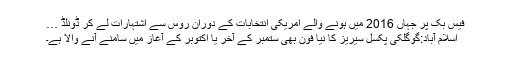
فیس بک پر جہاں 2016 میں ہونے والے امریکی انتخابات کے دوران روس سے اشتہارات لے کر ڈونلڈ …
اسلام آباد:گوگلکی پکسل سیریز کا نیا فون بھی ستمبر کے آخر یا اکتوبر کے آغاز میں سامنے آنے والا ہے۔